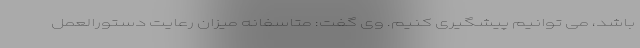
باشد، می توانیم پیشگیری کنیم. وی گفت: متاسفانه میزان رعایت دستورالعمل